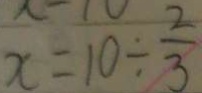
x = 1 0 \div \frac { 2 } { 3 }